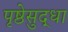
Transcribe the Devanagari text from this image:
पृष्ठेसुद्धा